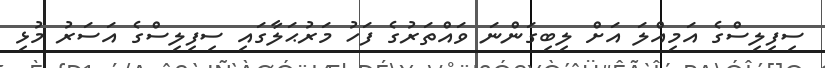
ސިފިލިސްގެ އަމިއްލަ އަށް ލިބިގަންނަ ވައްތަރުގެ ފަހު މަރުޙަލާގައި ސިފިލިސްގެ އަސަރު މުޅި